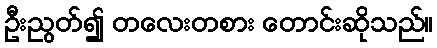
ဦးညွတ်၍ တလေးတစား တောင်းဆိုသည်။